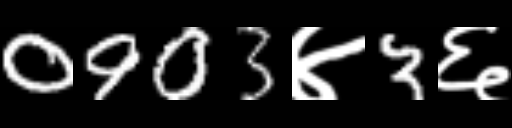
Text: 0903४3६